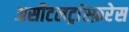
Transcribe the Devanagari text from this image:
असीटलट्रांस्फ़रेस